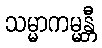
သမ္မာကမ္မန္တီ